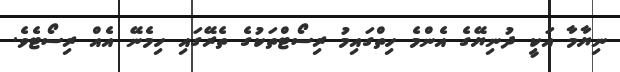
ނިޔާމާ އަކީ ދުނިޔޭގެ އެންމެ ހިތްގައިމު ރިސޯޓްތަކުގެ ތެރޭގައި ހިމެނޭ އެއް ރިސޯޓެވެ.